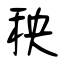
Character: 秧